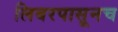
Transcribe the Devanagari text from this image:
लिबरपासूनच